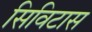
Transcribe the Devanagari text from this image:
सिविटास